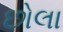
છોલા